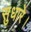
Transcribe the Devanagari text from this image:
सुधारे।